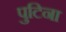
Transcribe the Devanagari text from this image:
पुटिना